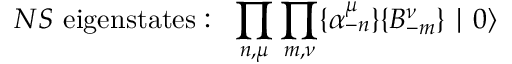
N S ~ \mathrm { e i g e n s t a t e s : } \: \: \: \prod _ { n , \mu } \prod _ { m , \nu } \{ \alpha _ { - n } ^ { \mu } \} \{ B _ { - m } ^ { \nu } \} \mid 0 \rangle